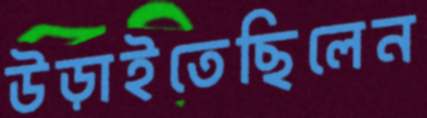
উড়াইতেছিলেন